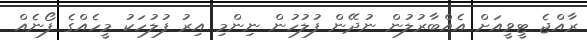
ރާއްޖެ ޓީވީއަށް އެއްބާރުލުން ނުދޭން ފުލުހުން ނިންމި އިރު ފުލުހަކު މީހެއްގެ ފޯނެއް